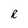
Character: R